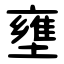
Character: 壅